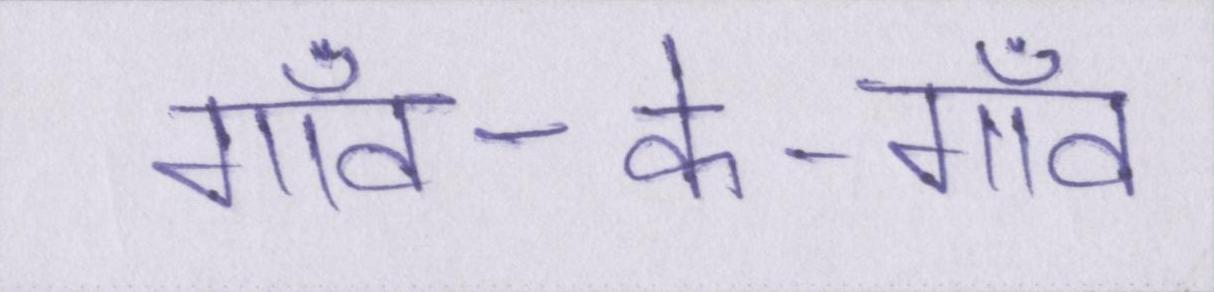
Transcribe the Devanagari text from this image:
गाँव-के-गाँव